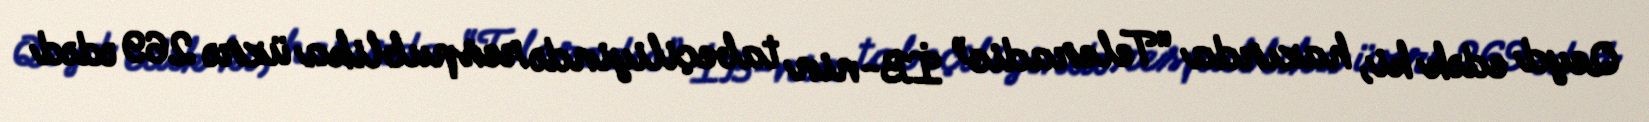
Qeyd edək ki, hazırda “Teleradio” İB-nin tabeçiliyində respublika üzrə 269 ədəd